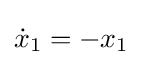
{\dot {x}}_{1}=-x_{1}